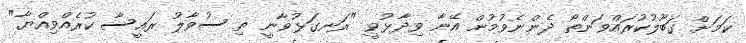
ކަމަށް ގަބޫލުކުރައްވަންތޯ ދެންނެވުމުން އޭނާ ވިދާޅުވީ "ރަނގަޅުވާނީ ތި ސުވާލު ރައީސާ ކުރެއްވިއްޔާ"